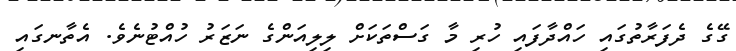
ގޭގެ ދެފަރާތުގައި ހައްދާފައި ހުރި މާ ގަސްތަކަށް ލިލިއަންގެ ނަޒަރު ހުއްޓުނެވެ. އެތާނގައި